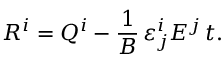
R ^ { i } = Q ^ { i } - \frac { 1 } { B } \, \varepsilon _ { j } ^ { i } E ^ { j } \, t .